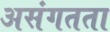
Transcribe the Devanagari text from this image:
असंगतता